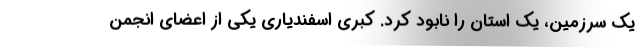
یک سرزمین، یک استان را نابود کرد. کبری اسفندیاری یکی از اعضای انجمن